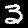
Digit: 3